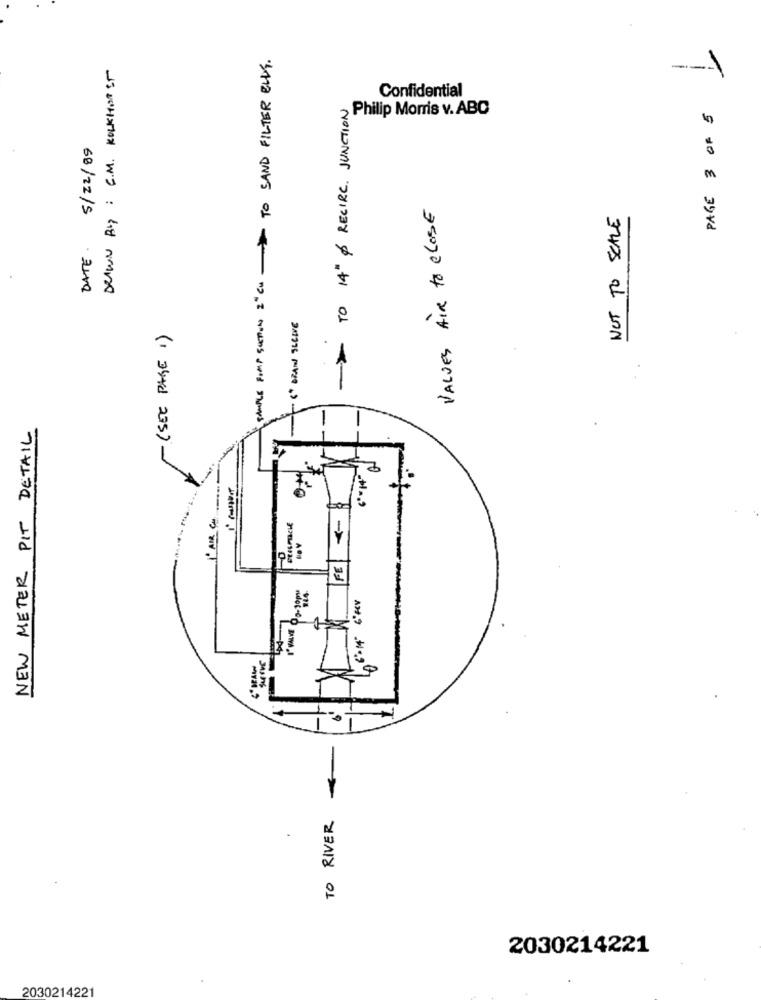
SAMPLE POMP SUCTION I" C" TO SAND FILTER ELLY .
DRAWN Boy : C.M. KOLKHORST
----
Confidential
- TO 14" & RECIRC. JUNCTION
Philip Morris v. ABC
PAGE 3 OF 5
DATE. 5/22/89
VALUES AIR to Close
NOT TO SCALE
(* BRAIN SLEEVE
- (SEE PAGE 1)
NEW METER PIT DETAIL
<-
.
FE
I WANT 00-10mm
TO RIVER
2030214221
2030214221